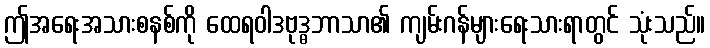
ဤအရေးအသားစနစ်ကို ထေရဝါဒဗုဒ္ဓဘာသာ၏ ကျမ်းဂန်များရေးသားရာတွင် သုံးသည်။